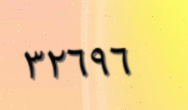
٣٢٦٩٦